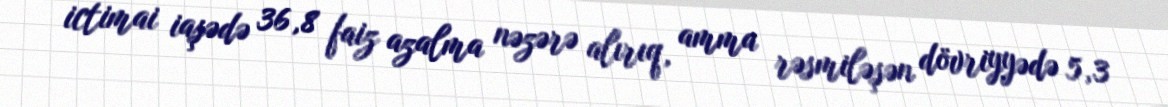
ictimai iaşədə 36,8 faiz azalma nəzərə alırıq, amma rəsmiləşən dövriyyədə 5,3